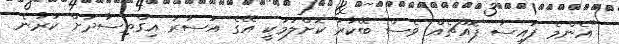
"އެންމެ ފައިސާ ފޮއްޗެއް ވެސް ބޭކާރު ކޮށްލުމަކީ އޭގެ އަސަރު އިގްތިސާދަށް ކުރާނެ